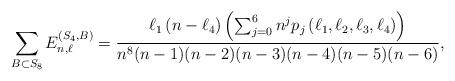
LaTeX: \begin{align*} \sum_{B\subset S_8} E^{(S_4,B)}_{n,\ell} = \frac{\ell_1 \left( n-\ell_4 \right) \left( \sum_{j=0}^6 n^j p_j\left( \ell_1,\ell_2,\ell_3,\ell_4 \right) \right) }{n^8 (n-1)(n-2)(n-3)(n-4)(n-5)(n-6)},\end{align*}